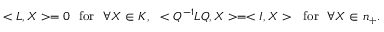
< L , X > = 0 ~ ~ \mathrm { f o r } ~ ~ \forall X \in { \cal K } , ~ ~ < Q ^ { - 1 } L Q , X > = < I , X > ~ ~ \mathrm { f o r } ~ ~ \forall X \in n _ { + } .